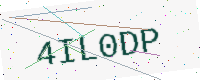
Text: 4IL0DP